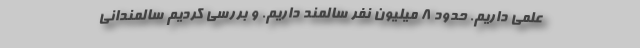
علمی داریم. حدود ۸ میلیون نفر سالمند داریم‌. و بررسی کردیم سالمندانی